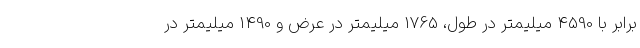
برابر با 4590 میلیمتر در طول، 1765 میلیمتر در عرض و 1490 میلیمتر در